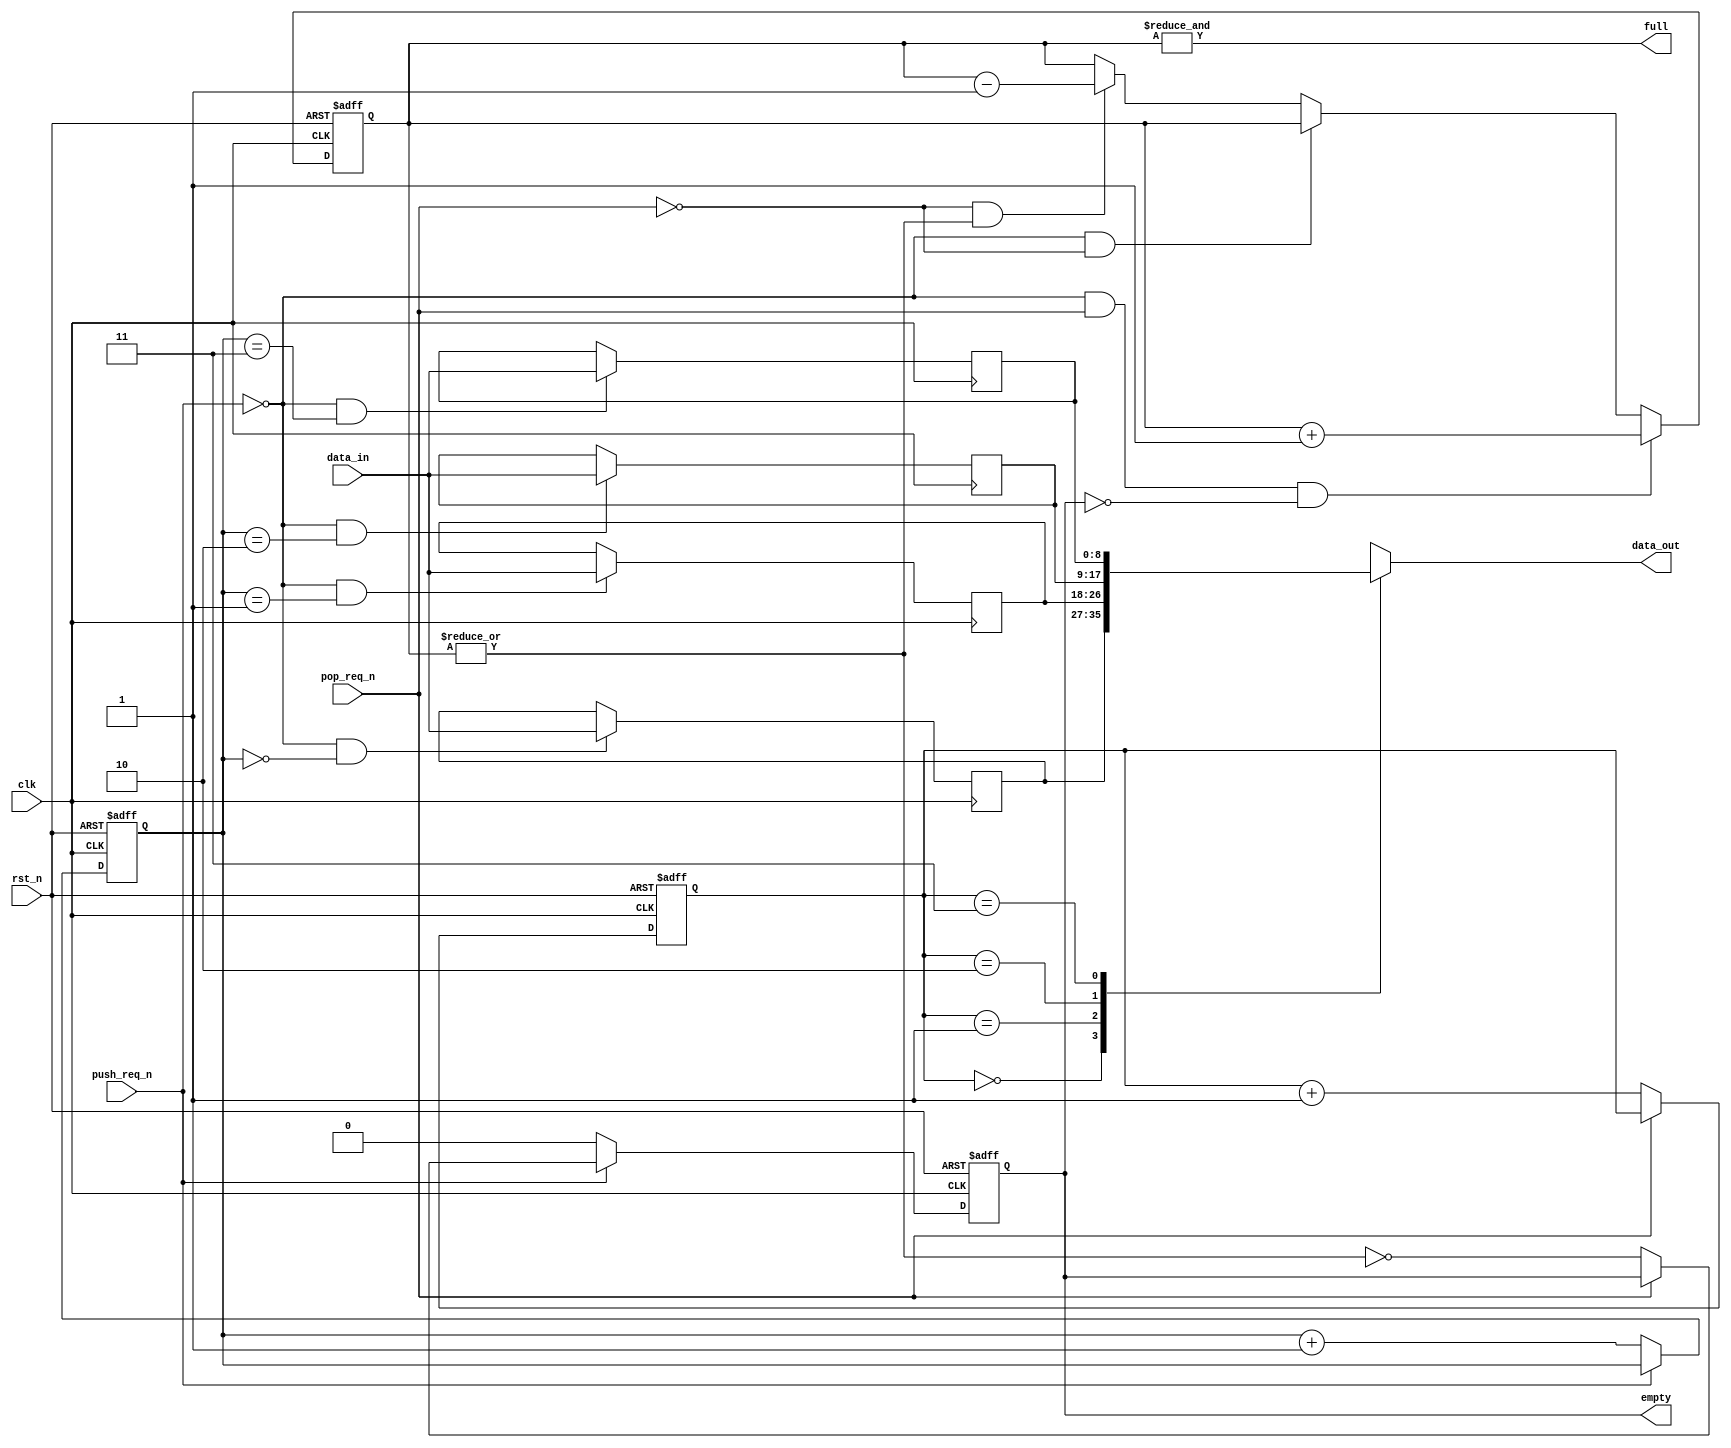
// Copyright (C) 2016-2019 Universit catholique de Louvain (UCLouvain), Belgium.
// Copyright and related rights are licensed under the Solderpad Hardware
// License, Version 2.0 (the "License"); you may not use this file except in
// compliance with the License.  You may obtain a copy of the License at
// http://solderpad.org/licenses/SHL-2.0/. The software, hardware and materials
// distributed under this License are provided in the hope that it will be useful
// on an as is basis, without warranties or conditions of any kind, either
// expressed or implied; without even the implied warranty of merchantability or
// fitness for a particular purpose. See the Solderpad Hardware License for more
// detailed permissions and limitations.
//------------------------------------------------------------------------------
//
// "fifo.v" - ODIN scheduler FIFO module
// 
// Project: ODIN - An online-learning digital spiking neuromorphic processor
//
//
// Cite/paper: C. Frenkel, M. Lefebvre, J.-D. Legat and D. Bol, "A 0.086-mm 12.7-pJ/SOP 64k-Synapse 256-Neuron Online-Learning
//             Digital Spiking Neuromorphic Processor in 28-nm CMOS," IEEE Transactions on Biomedical Circuits and Systems,
//             vol. 13, no. 1, pp. 145-158, 2019.
//
//------------------------------------------------------------------------------


module fifo #(
	parameter width      = 9,
    parameter depth      = 4,
    parameter depth_addr = 2
)(
    input  wire              clk,
    input  wire              rst_n,
    input  wire              push_req_n,
    input  wire              pop_req_n,
    input  wire [width-1: 0] data_in,
    output reg               empty,
    output wire              full,
    output wire [width-1: 0] data_out
);
  
    reg [width-1:0] mem [0:depth-1]; 

    reg [depth_addr-1:0] write_ptr;
    reg [depth_addr-1:0] read_ptr;
    reg [depth_addr-1:0] fill_cnt;

    genvar i;



    always @(posedge clk, negedge rst_n) begin
        if (!rst_n)
            write_ptr <= 2'b0;
        else if (!push_req_n)
            write_ptr <= write_ptr + {{(depth_addr-1){1'b0}},1'b1};
        else
            write_ptr <= write_ptr;
    end

    always @(posedge clk, negedge rst_n) begin
        if (!rst_n)
            read_ptr <= 2'b0;
        else if (!pop_req_n)
            read_ptr <= read_ptr + {{(depth_addr-1){1'b0}},1'b1};
        else
            read_ptr <= read_ptr;
    end

    always @(posedge clk, negedge rst_n) begin
        if (!rst_n)
            fill_cnt <= 2'b0;
        else if (!push_req_n && pop_req_n && !empty)
            fill_cnt <= fill_cnt + {{(depth_addr-1){1'b0}},1'b1};
        else if (!push_req_n && !pop_req_n)
            fill_cnt <= fill_cnt;
        else if (!pop_req_n && |fill_cnt)
            fill_cnt <= fill_cnt - {{(depth_addr-1){1'b0}},1'b1};
        else
            fill_cnt <= fill_cnt;
    end

    always @(posedge clk, negedge rst_n) begin
        if (!rst_n)
            empty <= 1'b1;
        else if (!push_req_n)
            empty <= 1'b0;
        else if (!pop_req_n)
            empty <= ~|fill_cnt; 
    end

    assign full  =  &fill_cnt;


    generate

        for (i=0; i<depth; i=i+1) begin
            
            always @(posedge clk) begin
                if (!push_req_n && (write_ptr == i))
                    mem[i] <= data_in;
                else 
                    mem[i] <= mem[i];
            end
            
        end
        
    endgenerate

    assign data_out = mem[read_ptr];


endmodule